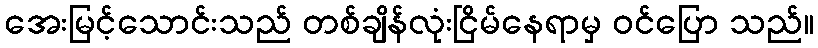
အေးမြင့်သောင်းသည် တစ်ချိန်လုံးငြိမ်နေရာမှ ဝင်ပြော သည်။